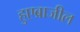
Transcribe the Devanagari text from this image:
हुएब्राजील